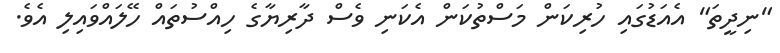
"ނިދީތަ" އެއަޑުގައި ހުރިކަން މަސްތުކަން އެކަނި ވެސް ދާރިޔާގެ ހިއްސުތައް ހޭލައްވައިލި އެވެ.